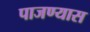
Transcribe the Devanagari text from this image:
पाजण्यास